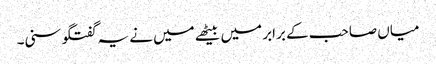
میاں صاحب کے برابر میں بیٹھے میں نے یہ گفتگو سنی۔